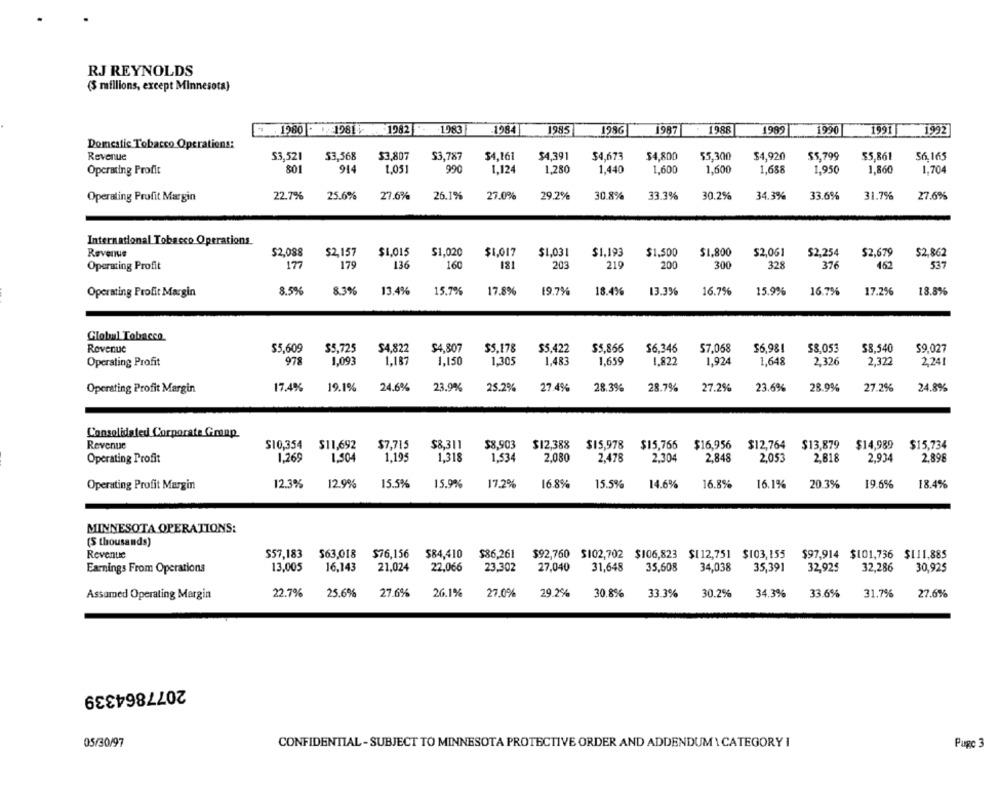
RJ REYNOLDS
(5 millions, except Minnesota)
1980 - 198 1982 1983
.1984
1985
1986
1987
1988
1989
1990
1991
1992
Domestic Tobacco Operations:
Revenue
$3,521
53,368
$3,807
$3,787
$4,161
54,391
$4,673
54,800
55,300
$4,920
$5,799
$5,861
$6,165
Operating Profit
801
914
1,051
990
1,124
1,280
1,440
1,600
1,600
1,688
1,950
1,860
1.704
Operating Profit Margin
22.7%
25.6%
27.6%
26.1%
27.0%
29.2%
30.8%
33.3%
30.2%
34.3%
33.6%
31.7%
27.6%
International Tobacco Operations
Revenue
$2.088
$2,157
$1,015
$1,020
$1,017
$1,031
$1.193
$1,500
$1,800
$2,061
$2,254
$2,679
$2.862
Operating Profit
177
179
136
160
181
203
219
200
300
328
376
462
537
Operating Profit Margin
8.5%
8.3%
13.4%
15.7%
17.8%
19.7%
18.4%
13.3%
16.7%
15.9%
16.7%
17.2%
18.8%
Global Tobacco
Revenue
$5,609
$4,822
$4,807
$5,866
$6,346
$7,068
$6,981
$8,053
$8.540
59,027
$5,725
$5.178
$5,422
Operating Profit
978
1.093
1,187
1,150
1.305
1,483
1,659
1,822
1,924
1,648
2.326
2,322
2,241
17.4%
19.1%
24.6%
23.9%
25.2%
27.4%
28.3%
28.7%
27.2%
23.6%
28.9%
27.2%
24.8%
Operating Profit Margin
Consolidated Corporate Gmup
$10,354
Revenue
$11,692
$7.715
$8,311
$8,903
$12,388
$15,978
$15,766
$16,956
$12,764
$13,879
$14,989
$15,734
Operating Profit
1,269
1.504
1,195
1,318
1,534
2.080
2.478
2,304
2,848
2.053
2.818
2,934
2.896
Operating Profit Margin
12.3%
12.9%
15.5%
15.9%
17.2%
16.8%
15.5%
14.6%
16.8%
16.1%
20.3%
19.6%
18.4%
MINNESOTA OPERATIONS:
(S thousands)
Revenue
$57,183
$63,018 $76,156
$84,410
$86,261
$92,760 $102,702 $106,823 $112,751 $103,155
$97,914 $101,736 $111,885
Earnings From Operations
13,005
16,143
21,024
22,066
23,302
27,040
31,648
35,608
34,038
35,391
32,925
32,286
30,925
22.7%
25.6%
27.6%
26.1%
27.0%
29.2%
30.8%
33.3%
30.2%
34.3%
33.6%
31.7%
27.6%
Assumed Operating Margin
2077864339
05/30/97
CONFIDENTIAL - SUBJECT TO MINNESOTA PROTECTIVE ORDER AND ADDENDUM \ CATEGORY I
Pugc 3